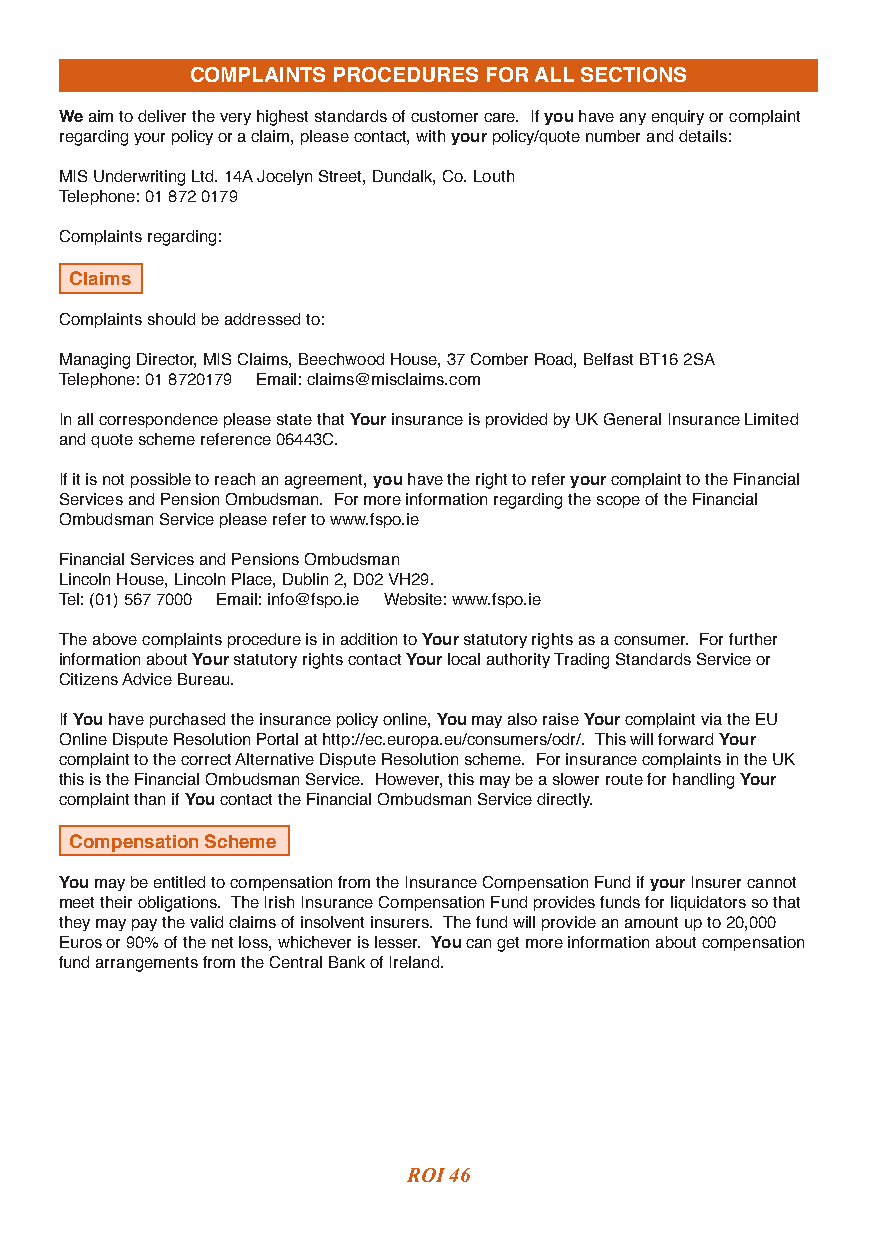
COMPLAINTS PROCEDURES FOR ALL SECTIONS
 We aim to deliver the very highest standards of customer care. If you have any enquiry or complaint
 regarding your policy or a claim, please contact, with your policy/quote number and details:
 MIS Underwriting Ltd. 14A Jocelyn Street, Dundalk, Co. Louth
 Telephone: 01 872 0179
 Complaints regarding:
 Claims
 Complaints should be addressed to:
 Managing Director, MIS Claims, Beechwood House, 37 Comber Road, Belfast BT16 2SA
 Telephone: 01 8720179 Email: claims@misclaims.com
 In all correspondence please state that Your insurance is provided by UK General Insurance Limited
 and quote scheme reference 06443C.
 If it is not possible to reach an agreement, you have the right to refer your complaint to the Financial
 Services and Pension Ombudsman. For more information regarding the scope of the Financial
 Ombudsman Service please refer to www.fspo.ie
 Financial Services and Pensions Ombudsman
 Lincoln House, Lincoln Place, Dublin 2, D02 VH29.
 Tel: (01) 567 7000 Email: info@fspo.ie Website: www.fspo.ie
 The above complaints procedure is in addition to Your statutory rights as a consumer. For further
 information about Your statutory rights contact Your local authority Trading Standards Service or
 Citizens Advice Bureau.
 If You have purchased the insurance policy online, You may also raise Your complaint via the EU
 Online Dispute Resolution Portal at http://ec.europa.eu/consumers/odr/. This will forward Your
 complaint to the correct Alternative Dispute Resolution scheme. For insurance complaints in the UK
 this is the Financial Ombudsman Service. However, this may be a slower route for handling Your
 complaint than if You contact the Financial Ombudsman Service directly.
 Compensation Scheme
 You may be entitled to compensation from the Insurance Compensation Fund if your Insurer cannot
 meet their obligations. The Irish Insurance Compensation Fund provides funds for liquidators so that
 they may pay the valid claims of insolvent insurers. The fund will provide an amount up to 20,000
 Euros or 90% of the net loss, whichever is lesser. You can get more information about compensation
 fund arrangements from the Central Bank of Ireland.
 ROI 46